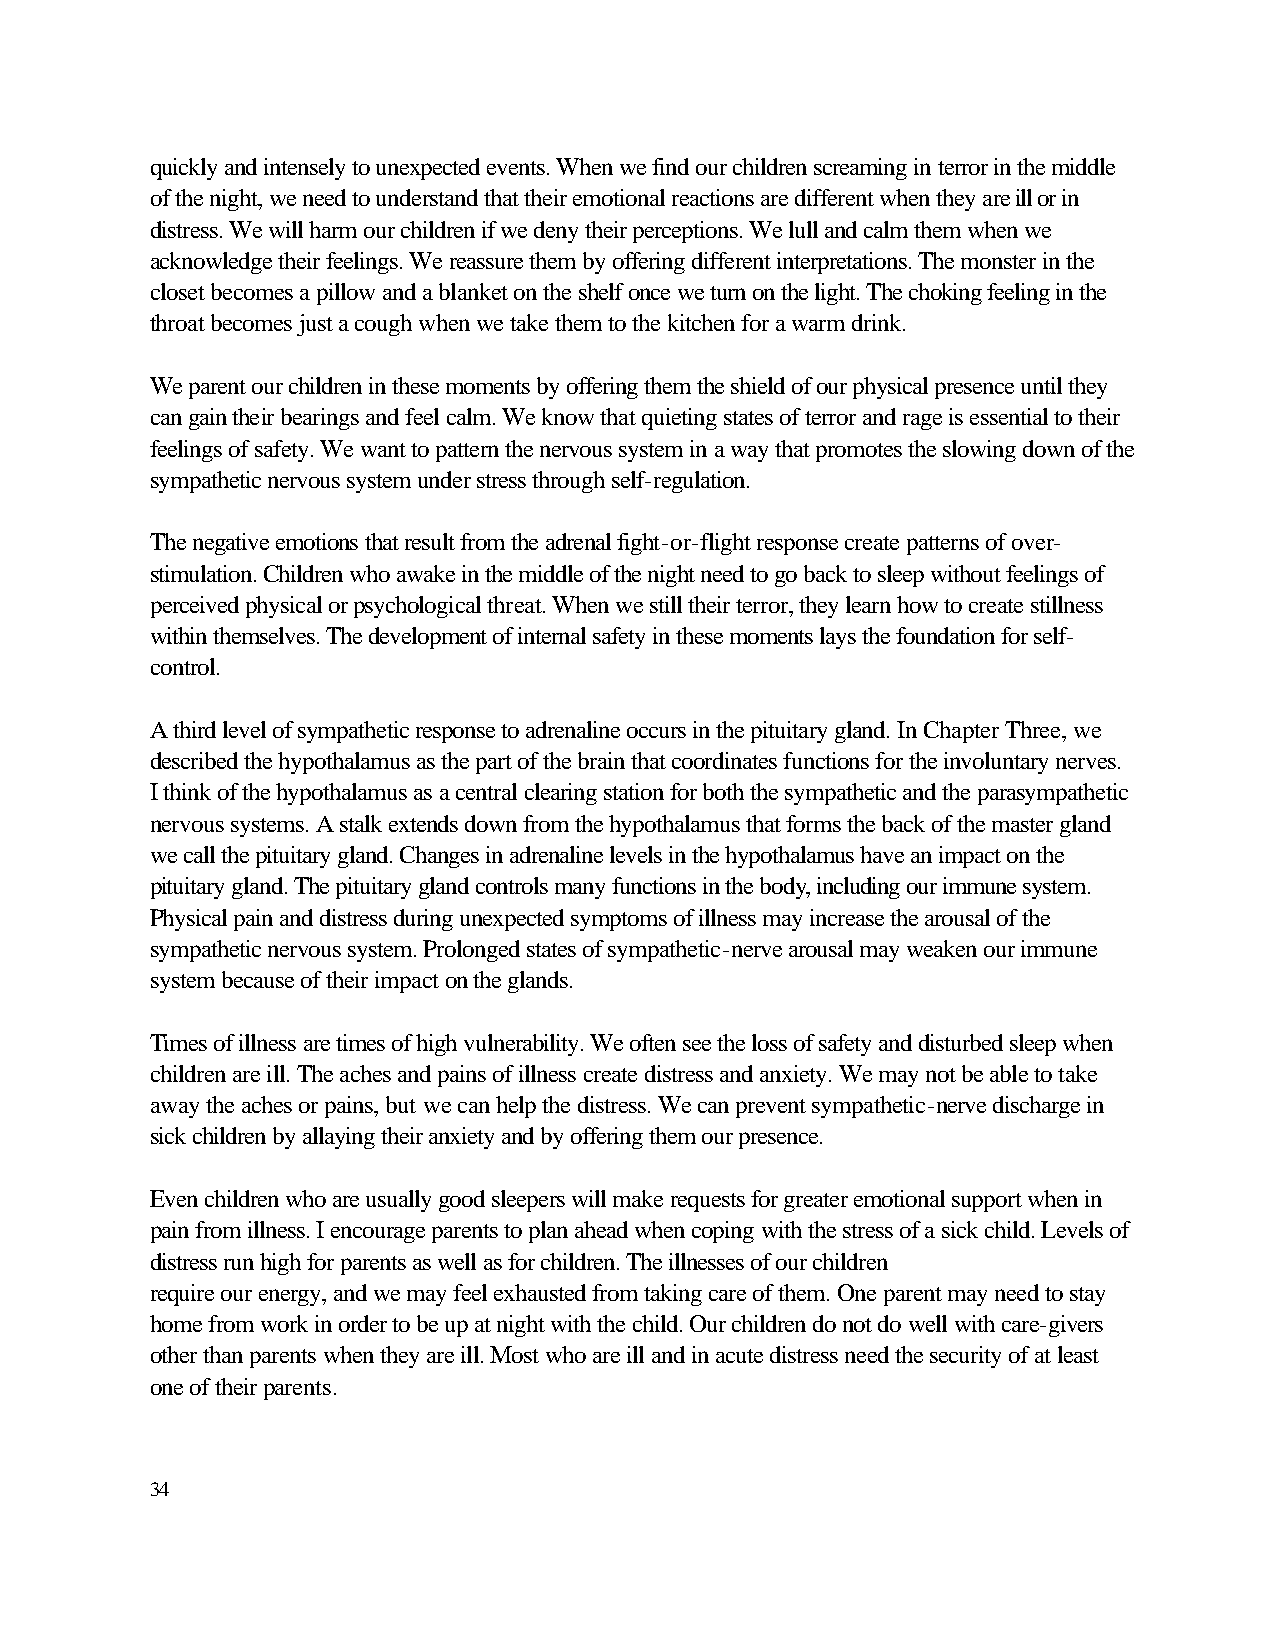
quickly and intensely to unexpected events. When we find our children screaming in terror in the middle
 of the night, we need to understand that their emotional reactions are different when they are ill or in
 distress. We will harm our children if we deny their perceptions. We lull and calm them when we
 acknowledge their feelings. We reassure them by offering different interpretations. The monster in the
 closet becomes a pillow and a blanket on the shelf once we turn on the light. The choking feeling in the
 throat becomes just a cough when we take them to the kitchen for a warm drink.
 We parent our children in these moments by offering them the shield of our physical presence until they
 can gain their bearings and feel calm. We know that quieting states of terror and rage is essential to their
 feelings of safety. We want to pattern the nervous system in a way that promotes the slowing down of the
 sympathetic nervous system under stress through self-regulation.
 The negative emotions that result from the adrenal fight-or-flight response create patterns of over-
 stimulation. Children who awake in the middle of the night need to go back to sleep without feelings of
 perceived physical or psychological threat. When we still their terror, they learn how to create stillness
 within themselves. The development of internal safety in these moments lays the foundation for self-
 control.
 A third level of sympathetic response to adrenaline occurs in the pituitary gland. In Chapter Three, we
 described the hypothalamus as the part of the brain that coordinates functions for the involuntary nerves.
 I think of the hypothalamus as a central clearing station for both the sympathetic and the parasympathetic
 nervous systems. A stalk extends down from the hypothalamus that forms the back of the master gland
 we call the pituitary gland. Changes in adrenaline levels in the hypothalamus have an impact on the
 pituitary gland. The pituitary gland controls many functions in the body, including our immune system.
 Physical pain and distress during unexpected symptoms of illness may increase the arousal of the
 sympathetic nervous system. Prolonged states of sympathetic-nerve arousal may weaken our immune
 system because of their impact on the glands.
 Times of illness are times of high vulnerability. We often see the loss of safety and disturbed sleep when
 children are ill. The aches and pains of illness create distress and anxiety. We may not be able to take
 away the aches or pains, but we can help the distress. We can prevent sympathetic-nerve discharge in
 sick children by allaying their anxiety and by offering them our presence.
 Even children who are usually good sleepers will make requests for greater emotional support when in
 pain from illness. I encourage parents to plan ahead when coping with the stress of a sick child. Levels of
 distress run high for parents as well as for children. The illnesses of our children
 require our energy, and we may feel exhausted from taking care of them. One parent may need to stay
 home from work in order to be up at night with the child. Our children do not do well with care-givers
 other than parents when they are ill. Most who are ill and in acute distress need the security of at least
 one of their parents.
 34